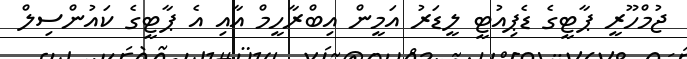
ޖުމްހޫރީ ޕާޓީގެ ޑެޕިއުޓީ ލީޑަރު އަމީން އިބްރާހީމް އާއި އެ ޕާޓީގެ ކައުންސިލް